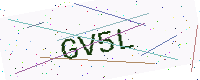
Text: GV5L